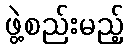
ဖွဲ့စည်းမည့်